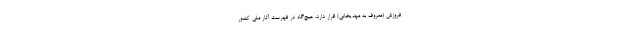
فروزش (معروف به مهدیخانی) قرار دارد، هیچ‌گاه در فهرست آثار ملی کشور